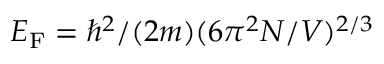
E _ { \mathrm { F } } = \hbar ^ { 2 } / ( 2 m ) ( 6 \pi ^ { 2 } N / V ) ^ { 2 / 3 }